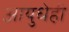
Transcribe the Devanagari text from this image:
आयुधेही